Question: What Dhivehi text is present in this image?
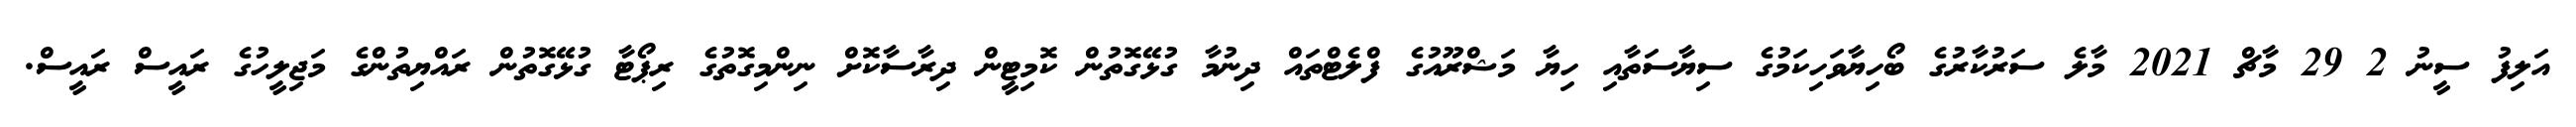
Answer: އަލިފު ސީނު 2 29 މާޗް 2021 މާލެ ސަރުކާރުގެ ބޯހިޔާވަހިކަމުގެ ސިޔާސަތާއި ހިޔާ މަޝްރޫއުގެ ފްލެޓްތައް ދިނުމާ ގުޅޭގޮތުން ކޮމިޓީން ދިރާސާކޮށް ނިންމިގޮތުގެ ރިޕޯޓާ ގުޅޭގޮތުން ރައްޔިތުންގެ މަޖިލީހުގެ ރައީސް ރައީސް.